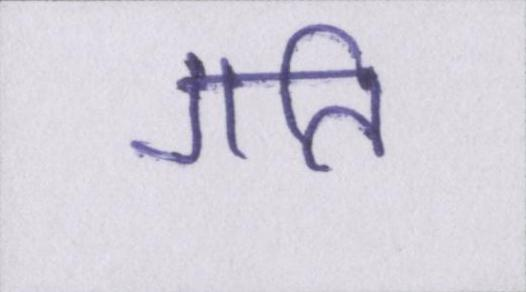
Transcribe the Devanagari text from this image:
गति